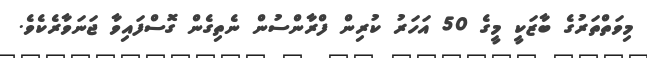
މިވަތްތަރުގެ ބާޒަކީ މީގެ 50 އަަހަރު ކުރިން ފްރާންސުން ނެތިގެން ގޮސްފައިވާ ޖަނަވާރެކެވެ.